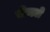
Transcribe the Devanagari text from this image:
चेचले